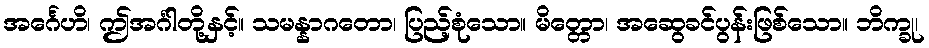
အင်္ဂေဟိ၊ ဤအင်္ဂါတို့နှင့်။ သမန္နာဂတော၊ ပြည့်စုံသော။ မိတ္တော၊ အဆွေခင်ပွန်းဖြစ်သော။ ဘိက္ခု၊